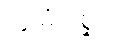
တွံ မံ ဂစ္ဆသိ။